Sketch of the medical history of the native army of Bombay, for the year
Year: 1875
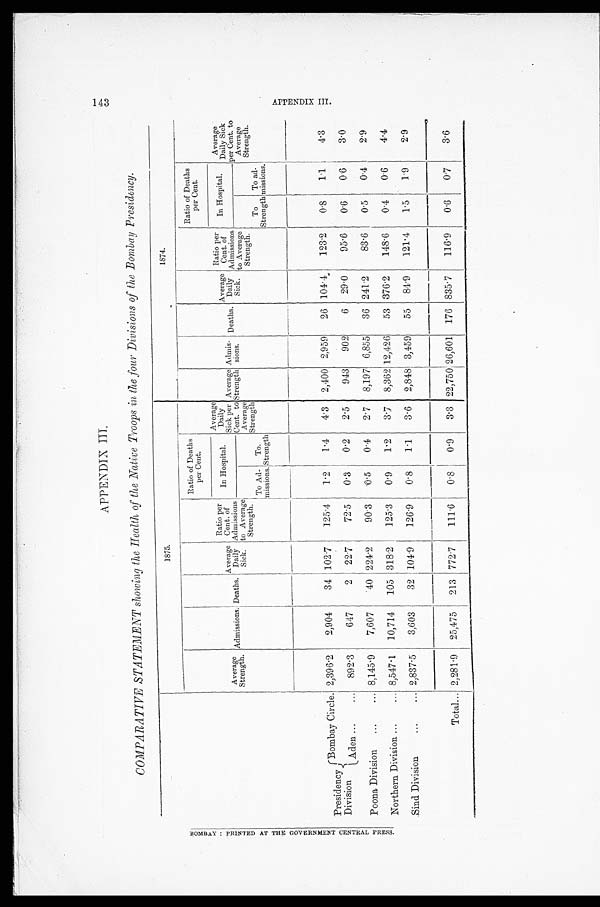
B o m a b a y : P R I N T E D A T T H E G O V E R N M E N T C E N T R A L P R E S S .
APPENDIX III.
COMPARATIVE STATEMENT showing the Health of the Native Troops in the four Divisions of the Bombay Presidency.
1875.
1874.
Average
Strength.
Admissions. Deaths.
Average
Daily
Sick.
Ratio per
Cent. of
Admissions
to Average
Strength.
Ratio of Deaths
per Cent.
Average
Daily
Sick per
Cent. to
A
verage
Strength
Average
Strength
Admi s -
sions.
Deaths.
Average
Daily
Sick.
Ratio per
Cent of
Admissions
to Average
Strength.
Ratio of Deaths
per Cent.
Average
Daily Sick
per Cent. to
Average
Strength.
In Hospital.
In Hospital.
To Ad-
missions.
To.
Strength
To
Strength
To ad
-
missions.
Presi
d e n c y D i v i s i o n
B o m b a y C i r c l e .
2 , 3 9 6 . 2
2,904
34 102.7
125.4
1.2
1.4
4.3
2,400 2,959
26 104.4
123.2
0.8
1.1
4.3
Aden . . .
892.3
647
2
22.7
72.5
0.3
0.2
2.5
943
902
6
29.0
95.6
0.6
0.6
3.0
Poona Division . . . 8,145.9
7,607
40 224.2
90.3
0 . 5
0.4
2.7
8,197 6,855
36 241.2
83.6
0.5
0.4
2.9
Northern Division . . . 8,547.1
10,714
105 318.2
125.3
0.9
1.2
3.7
8 , 3 6 2 12,426
53 376.2
148.6
0.4
0.6
4.4
Sind Division . . . 2,837.5
3,603
32 104.9
126.9
0.8
1.1
3.6
2,848 3,459
55 84.9
121.4
1.5
1.9
2.9
Total . . . 2,281.9
25,475
213 772.7
111.6
0.8
0.9
3.3 22,750 26,601
176 835.7
116.9
0.6
0.7
3.6
A P P E N D I X I I I .